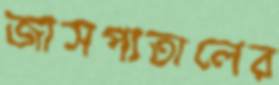
জাসপাতালের